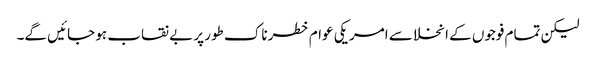
لیکن تمام فوجوں کے انخلا سے امریکی عوام خطرناک طور پر بے نقاب ہو جائیں گے۔